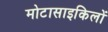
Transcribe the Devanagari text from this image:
मोटासाइकिलों